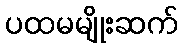
ပထမမျိုးဆက်